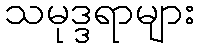
သမုဒ္ဒရာများ